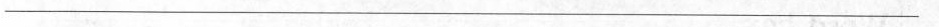
___